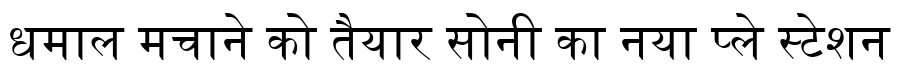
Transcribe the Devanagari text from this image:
धमाल मचाने को तैयार सोनी का नया प्ले स्टेशन